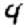
Digit: 4